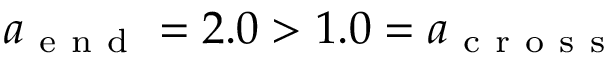
a _ { \mathrm { ~ e ~ n ~ d ~ } } = 2 . 0 > 1 . 0 = a _ { \mathrm { ~ c ~ r ~ o ~ s ~ s ~ } }